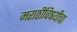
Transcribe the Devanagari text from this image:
मराठीविषयीचा